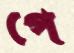
পে